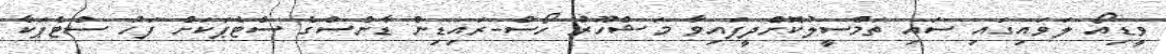
ވީޑިއޯ ލަވައިގައި ސައި ތަމްސީލުކޮށްދީފައިވާ މަޝްހޫރު ހޯސް-ރައިޑިން ޑާންސްގެ ސްޓެޕަކަށް ފަހު ސްޓެޕަކާ